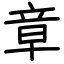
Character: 章